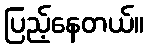
ပြည့်နေတယ်။